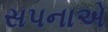
સપનાએ